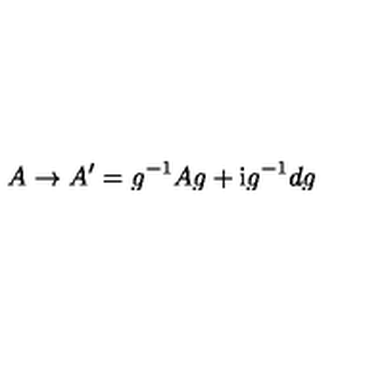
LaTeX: A \to A ^ { \prime } = g ^ { - 1 } A g + \mathrm { i } g ^ { - 1 } d g